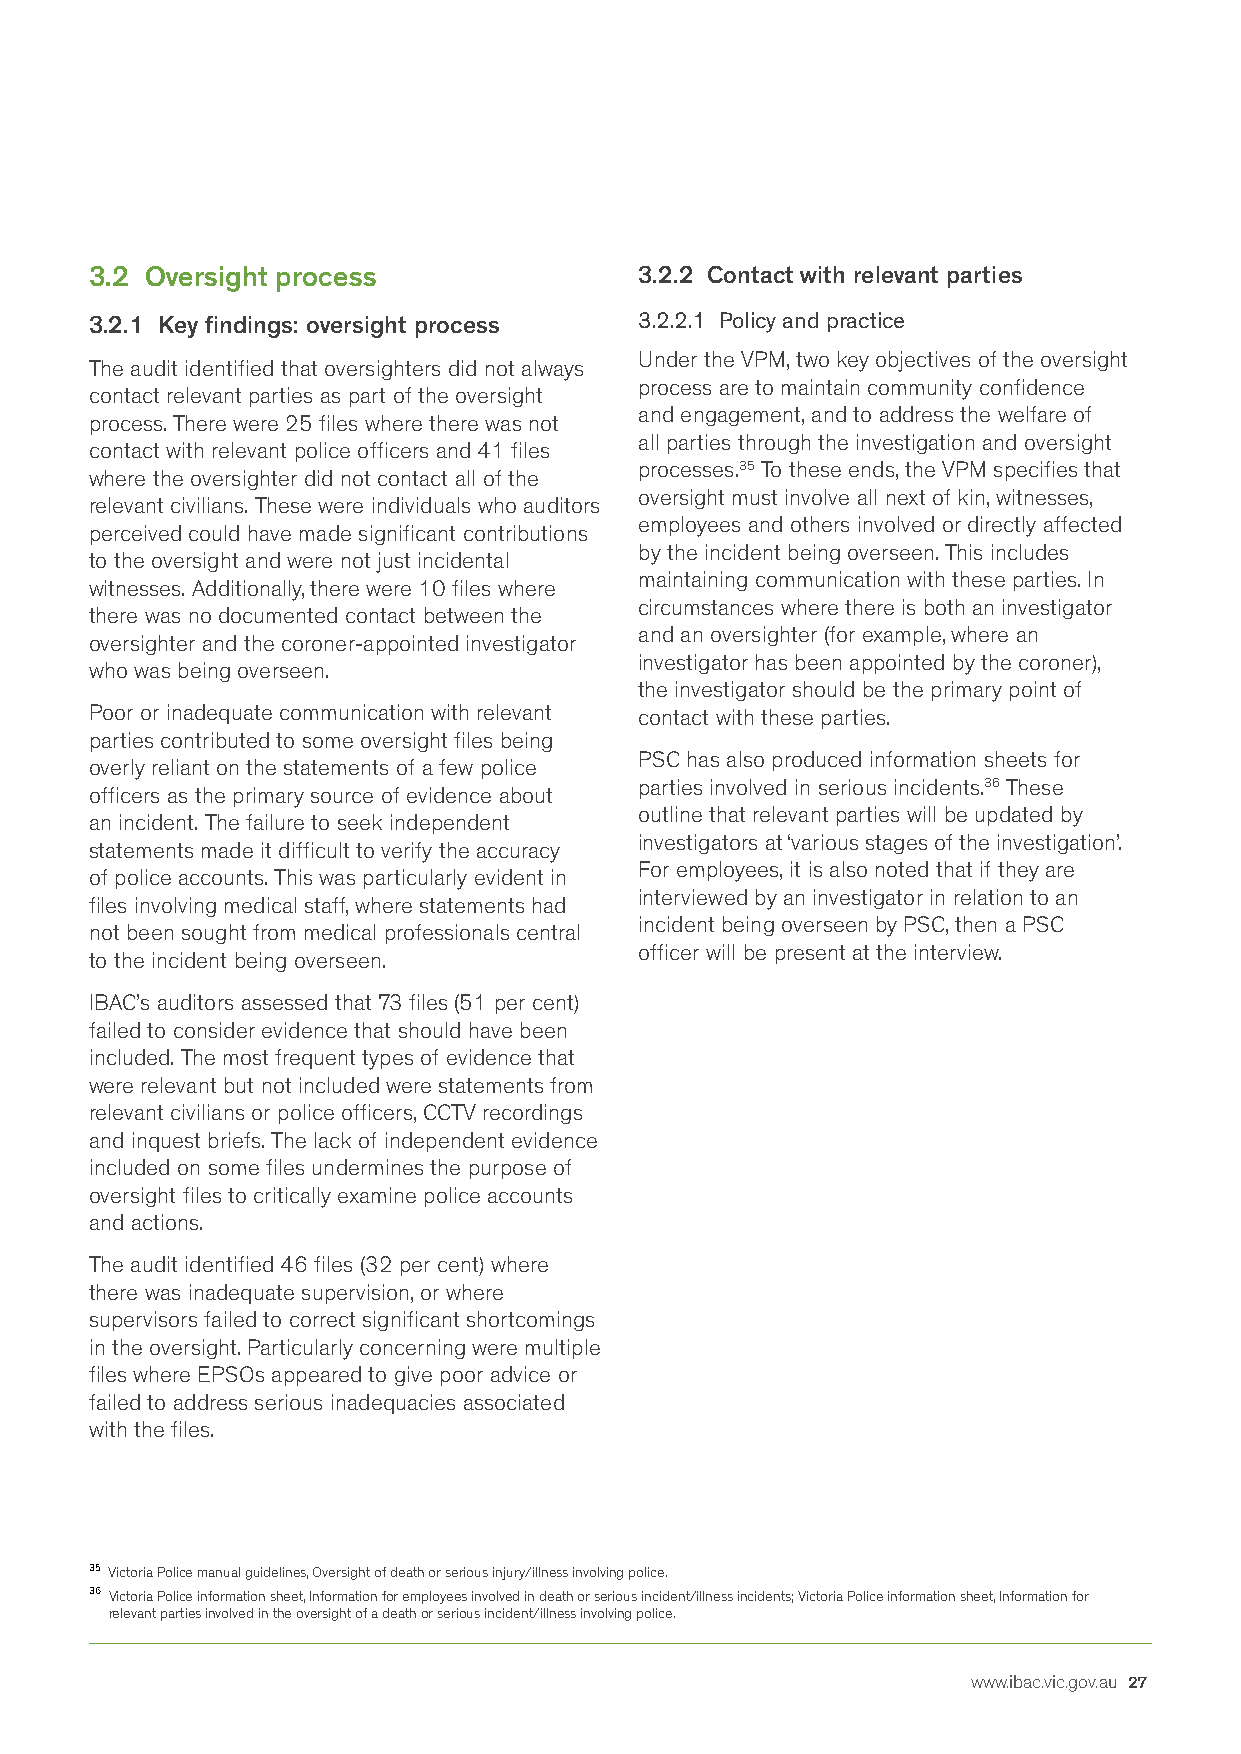
3.2 Oversight process               3.2.2 Contact with relevant parties
 3.2.1 Key findings: oversight process 3.2.2.1 Policy and practice
 Under the VPM, two key objectives of the oversight
 The audit identified that oversighters did not always
 process are to maintain community confidence
 contact relevant parties as part of the oversight
 and engagement, and to address the welfare of
 process. There were 25 files where there was not
 all parties through the investigation and oversight
 contact with relevant police officers and 41 files
 processes.35 To these ends, the VPM specifies that
 where the oversighter did not contact all of the
 oversight must involve all next of kin, witnesses,
 relevant civilians. These were individuals who auditors
 employees and others involved or directly affected
 perceived could have made significant contributions
 by the incident being overseen. This includes
 to the oversight and were not just incidental
 maintaining communication with these parties. In
 witnesses. Additionally, there were 10 files where
 circumstances where there is both an investigator
 there was no documented contact between the
 and an oversighter (for example, where an
 oversighter and the coroner-appointed investigator
 investigator has been appointed by the coroner),
 who was being overseen.
 the investigator should be the primary point of
 Poor or inadequate communication with relevant contact with these parties.
 parties contributed to some oversight files being
 PSC has also produced information sheets for
 overly reliant on the statements of a few police
 parties involved in serious incidents.36 These
 officers as the primary source of evidence about
 outline that relevant parties will be updated by
 an incident. The failure to seek independent
 investigators at ‘various stages of the investigation’.
 statements made it difficult to verify the accuracy
 For employees, it is also noted that if they are
 of police accounts. This was particularly evident in
 interviewed by an investigator in relation to an
 files involving medical staff, where statements had
 incident being overseen by PSC, then a PSC
 not been sought from medical professionals central
 officer will be present at the interview.
 to the incident being overseen.
 IBAC’s auditors assessed that 73 files (51 per cent)
 failed to consider evidence that should have been
 included. The most frequent types of evidence that
 were relevant but not included were statements from
 relevant civilians or police officers, CCTV recordings
 and inquest briefs. The lack of independent evidence
 included on some files undermines the purpose of
 oversight files to critically examine police accounts
 and actions.
 The audit identified 46 files (32 per cent) where
 there was inadequate supervision, or where
 supervisors failed to correct significant shortcomings
 in the oversight. Particularly concerning were multiple
 files where EPSOs appeared to give poor advice or
 failed to address serious inadequacies associated
 with the files.
 35 Victoria Police manual guidelines, Oversight of death or serious injury/illness involving police.
 36 Victoria Police information sheet, Information for employees involved in death or serious incident/illness incidents; Victoria Police information sheet, Information for
 relevant parties involved in the oversight of a death or serious incident/illness involving police.
 www.ibac.vic.gov.au 27